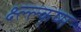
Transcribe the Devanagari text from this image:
क्ष्ल्ल्क्ष्म